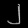
Digit: ၂